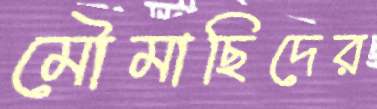
মৌমাছিদের